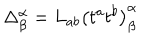
LaTeX: \Delta _ { \beta } ^ { \alpha } = L _ { a b } \left( t ^ { a } t ^ { b } \right) _ { \beta } ^ { \alpha }